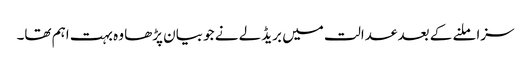
سزا ملنے کے بعد عدالت میں بریڈلے نے جو بیان پڑھا وہ بہت اہم تھا۔